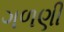
ગળણી